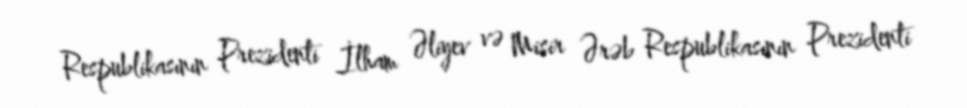
Respublikasının Prezidenti İlham Əliyev və Misir Ərəb Respublikasının Prezidenti